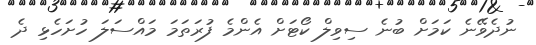
ނުދެވޭނެ ކަމަށް ބުނެ ސިވިލް ކޯޓަށް އެންމެ ފުރަތަމަ މައްސަލަ ހުށަހެޅި ދެ